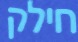
חילק